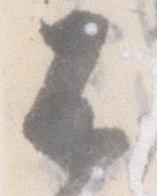
不